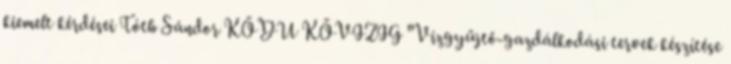
kiemelt kérdései Tóth Sándor KÖDU KÖVIZIG "Vízgyűjtő-gazdálkodási tervek készítése